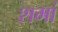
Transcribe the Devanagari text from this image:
शमां